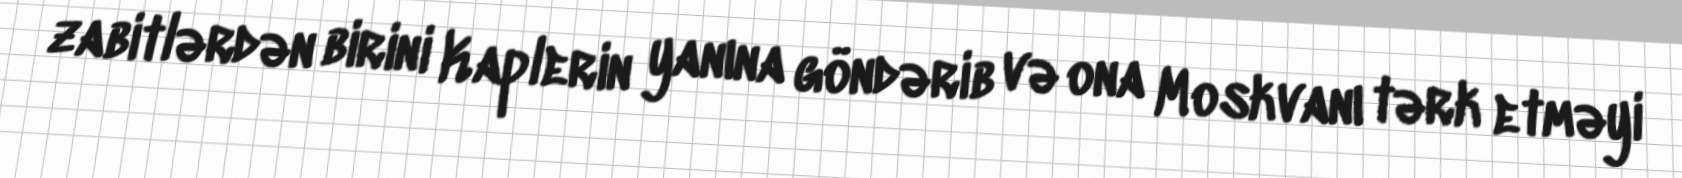
zabitlərdən birini Kaplerin yanına göndərib və ona Moskvanı tərk etməyi